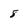
Character: 8